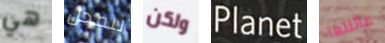
هي للمحل ولكن Planet عائلتها